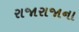
રાજારાજાના